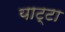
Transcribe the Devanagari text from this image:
याट्टा